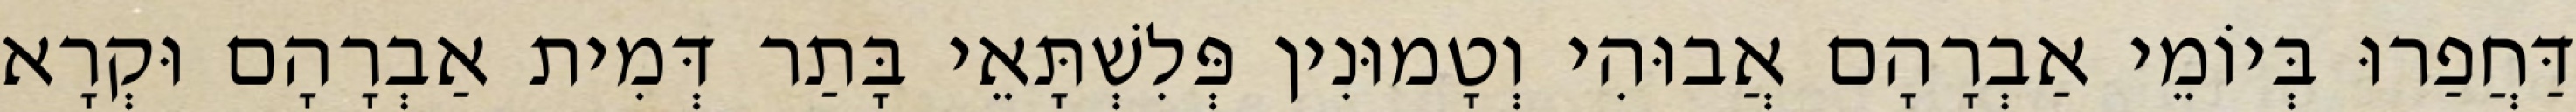
דַּחֲפַרוּ בְּיוֹמֵי אַבְרָהָם אֲבוּהִי וְטָמוּנִין פְּלִשְׁתָּאֵי בָּתַר דְּמִית אַבְרָהָם וּקְרָא